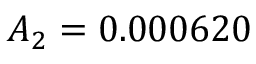
A _ { 2 } = 0 . 0 0 0 6 2 0